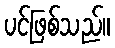
ပင်ဖြစ်သည်။